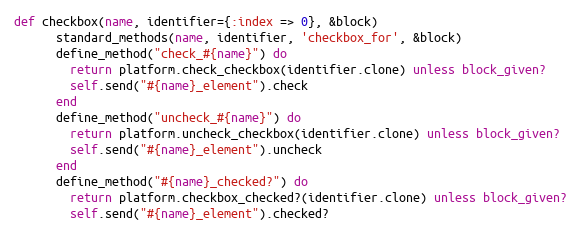
Language: Ruby
def checkbox(name, identifier={:index => 0}, &block)
      standard_methods(name, identifier, 'checkbox_for', &block)
      define_method("check_#{name}") do
        return platform.check_checkbox(identifier.clone) unless block_given?
        self.send("#{name}_element").check
      end
      define_method("uncheck_#{name}") do
        return platform.uncheck_checkbox(identifier.clone) unless block_given?
        self.send("#{name}_element").uncheck
      end
      define_method("#{name}_checked?") do
        return platform.checkbox_checked?(identifier.clone) unless block_given?
        self.send("#{name}_element").checked?